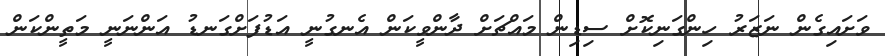
ވަށައިގެން ނަޒަރު ހިންގަނިކޮށް ސިޑިން މައްޗަށް ދާންވީކަން އެނގުނީ އަޑުފަށްގަނޑު އަންނަނީ މަތީންކަން